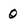
Character: 0